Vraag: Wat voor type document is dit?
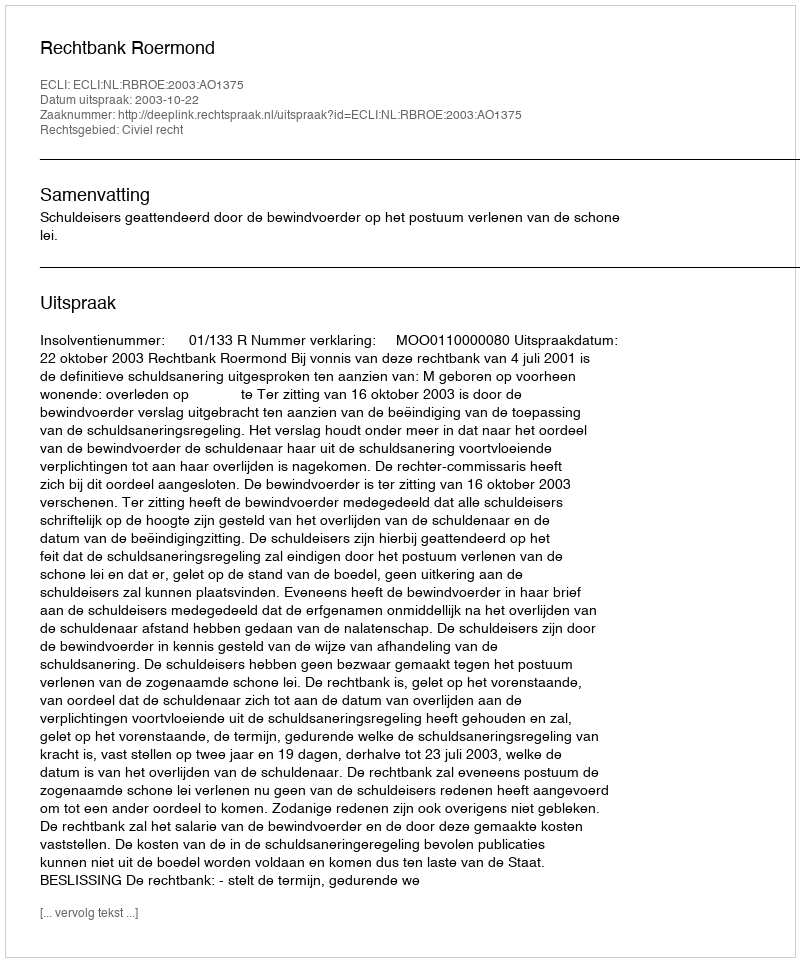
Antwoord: Uitspraak